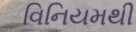
વિનિયમથી